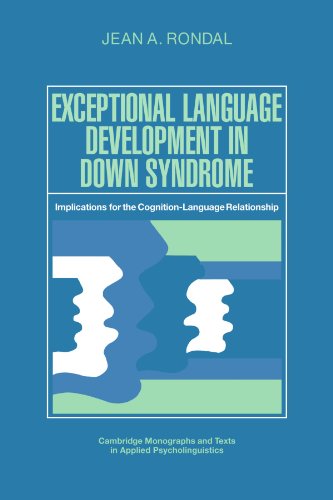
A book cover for Exceptional Language Development in Down Syndrome: Implications for the Cognition-Language Relationship (Cambridge Monographs and Texts in Applied Psycholinguistics); Jean A. Rondal; Health, Fitness & Dieting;